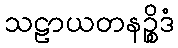
သဠာယတနဉ္စိဒံ